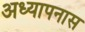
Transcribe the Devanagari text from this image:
अध्यापनास